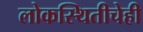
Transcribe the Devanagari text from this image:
लोकस्थितीचेही